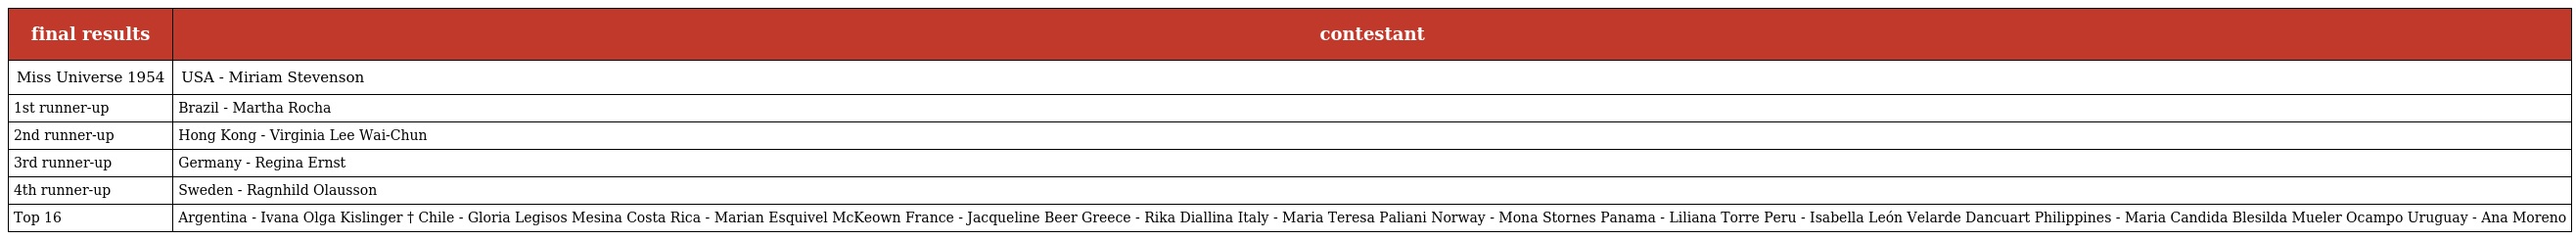
| final results | contestant |
 | --- | --- |
 | Miss Universe 1954 | USA - Miriam Stevenson |
 | 1st runner-up | Brazil - Martha Rocha |
 | 2nd runner-up | Hong Kong - Virginia Lee Wai-Chun |
 | 3rd runner-up | Germany - Regina Ernst |
 | 4th runner-up | Sweden - Ragnhild Olausson |
 | Top 16 | Argentina - Ivana Olga Kislinger † Chile - Gloria Legisos Mesina Costa Rica - Marian Esquivel McKeown France - Jacqueline Beer Greece - Rika Diallina Italy - Maria Teresa Paliani Norway - Mona Stornes Panama - Liliana Torre Peru - Isabella León Velarde Dancuart Philippines - Maria Candida Blesilda Mueler Ocampo Uruguay - Ana Moreno |